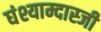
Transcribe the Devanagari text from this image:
घंश्याम्दास्जी